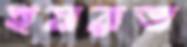
হযরত